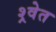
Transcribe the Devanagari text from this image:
श्र्वेत